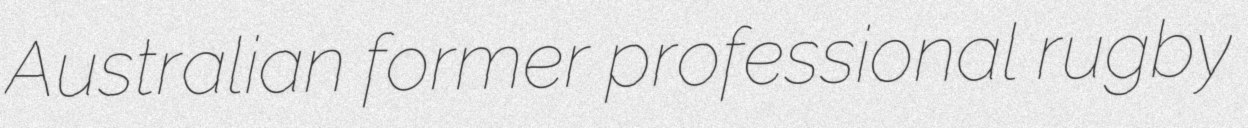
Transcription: Australian former professional rugby